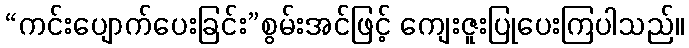
“ကင်းပျောက်ပေးခြင်း”စွမ်းအင်ဖြင့် ကျေးဇူးပြုပေးကြပါသည်။